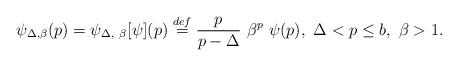
LaTeX: \begin{align*} \psi_{\Delta, \beta}(p) = \psi_{\Delta, \ \beta}[\psi](p) \stackrel{def}{=} \frac{p}{p - \Delta} \ \beta^p \ \psi(p), \ \Delta < p \le b, \ \beta > 1.\end{align*}